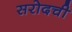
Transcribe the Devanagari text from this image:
सरोदची